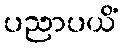
ပညာပယိံ